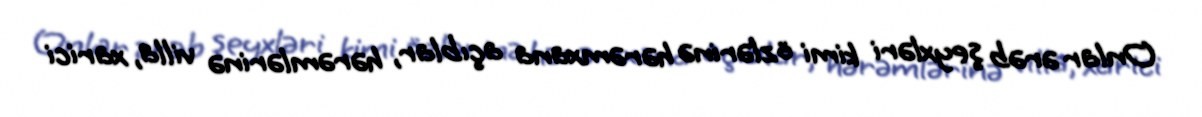
Onlar ərəb şeyxləri kimi özlərinə hərəmxana açıblar, hərəmlərinə villa, xarici